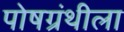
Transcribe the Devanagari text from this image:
पोषग्रंथीला